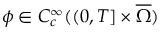
\phi \in C _ { c } ^ { \infty } ( ( 0 , T ] \times \overline { { \Omega } } )